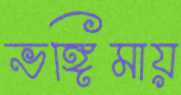
ভঙ্গিমায়